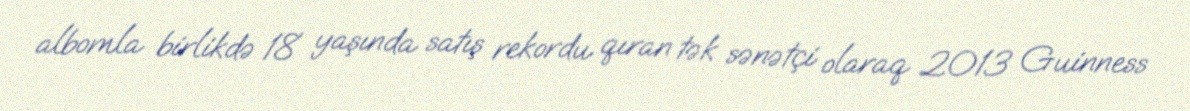
albomla birlikdə 18 yaşında satış rekordu qıran tək sənətçi olaraq 2013 Guinness